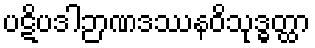
ပဋိပဒါဉာဏဒဿနဝိသုဒ္ဓတ္ထာ